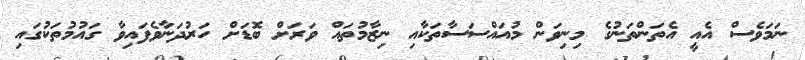
ނަމަވެސް އެއީ އެތަންތަނުގެ މިނިވަން މުއައްސަސާތަކާއި ނިޒާމުތައް ވަރަށް ބޮޑަށް ހަރުދަނާވެފައިވާ ގައުމުތަކުގައި